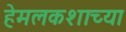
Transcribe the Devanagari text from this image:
हेमलकशाच्या